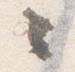
々